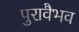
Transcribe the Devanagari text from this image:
पुरावैभव